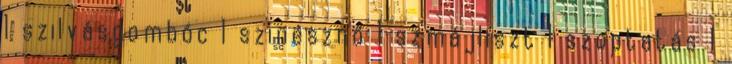
1 szilvásgombóc 1 szinésznő 1 szmájliszt 1 szoptatás 1